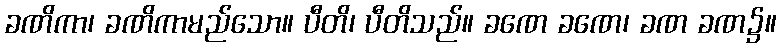
ခဏိကာ၊ ခဏိကာမည်သော။ ပီတိ၊ ပီတိသည်။ ခဏေ ခဏေ၊ ခဏ ခဏ၌။